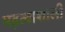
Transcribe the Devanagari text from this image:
महत्वाशाली